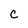
Character: c